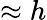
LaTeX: \approx h